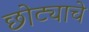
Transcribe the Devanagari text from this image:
छोट्याचे